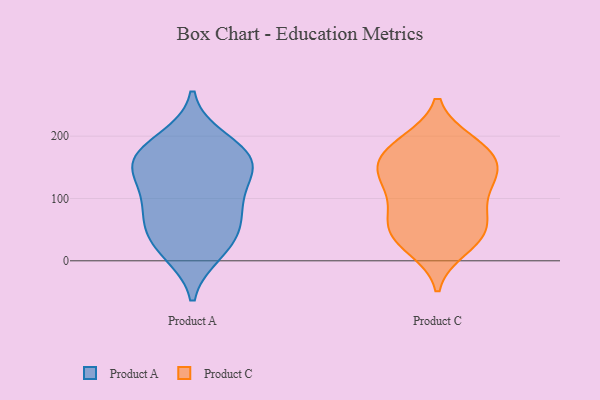
{"axis": {"x": "Population (Million)", "y": "Value"}, "legend": ["Product A", "Product C"], "data": [{"x": "", "y": 24, "type": "Product A"}, {"x": "", "y": 194, "type": "Product A"}, {"x": "", "y": 70, "type": "Product A"}, {"x": "", "y": 152, "type": "Product A"}, {"x": "", "y": 169, "type": "Product A"}, {"x": "", "y": 144, "type": "Product A"}, {"x": "", "y": 118, "type": "Product A"}, {"x": "", "y": 159, "type": "Product A"}, {"x": "", "y": 91, "type": "Product A"}, {"x": "", "y": 39, "type": "Product A"}, {"x": "", "y": 71, "type": "Product A"}, {"x": "", "y": 172, "type": "Product A"}, {"x": "", "y": 14, "type": "Product A"}, {"x": "", "y": 142, "type": "Product C"}, {"x": "", "y": 95, "type": "Product C"}, {"x": "", "y": 40, "type": "Product C"}, {"x": "", "y": 31, "type": "Product C"}, {"x": "", "y": 184, "type": "Product C"}, {"x": "", "y": 54, "type": "Product C"}, {"x": "", "y": 152, "type": "Product C"}, {"x": "", "y": 171, "type": "Product C"}, {"x": "", "y": 186, "type": "Product C"}, {"x": "", "y": 21, "type": "Product C"}, {"x": "", "y": 93, "type": "Product C"}, {"x": "", "y": 137, "type": "Product C"}, {"x": "", "y": 137, "type": "Product C"}, {"x": "", "y": 190, "type": "Product C"}, {"x": "", "y": 71, "type": "Product C"}, {"x": "", "y": 135, "type": "Product C"}, {"x": "", "y": 51, "type": "Product C"}]}